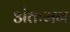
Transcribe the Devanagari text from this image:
अंतःमन